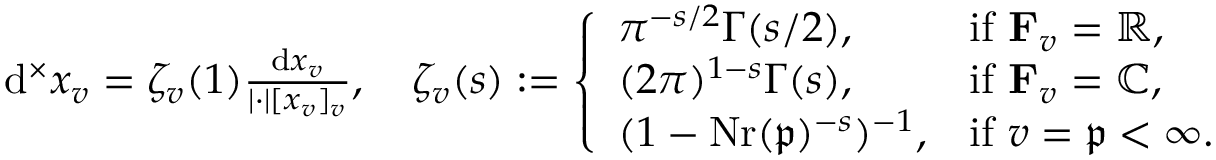
\begin{array} { r } { \mathrm { d } ^ { \times } x _ { v } = \zeta _ { v } ( 1 ) \frac { \mathrm { d } x _ { v } } { \lvert \cdot \rvert [ x _ { v } ] _ { v } } , \quad \zeta _ { v } ( s ) : = \left\{ \begin{array} { l l } { \pi ^ { - s / 2 } \Gamma ( s / 2 ) , \ \ } & { \mathrm { i f ~ } \mathbf { F } _ { v } = \mathbb { R } , } \\ { ( 2 \pi ) ^ { 1 - s } \Gamma ( s ) , } & { \mathrm { i f ~ } \mathbf { F } _ { v } = \mathbb { C } , } \\ { ( 1 - \mathrm { N r } ( \mathfrak { p } ) ^ { - s } ) ^ { - 1 } , } & { \mathrm { i f ~ } v = \mathfrak { p } < \infty . } \end{array} \right. } \end{array}